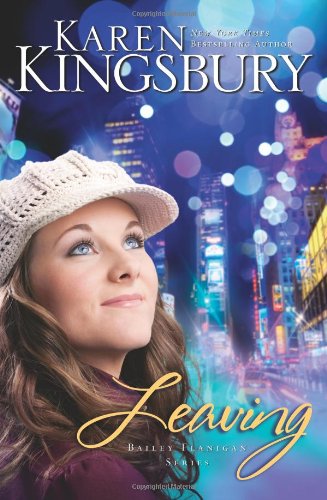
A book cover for Leaving (Bailey Flanigan Series); Karen Kingsbury; Literature & Fiction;